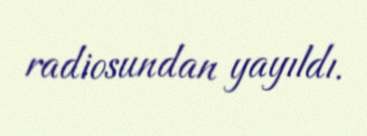
radiosundan yayıldı.